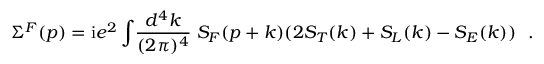
\Sigma ^ { F } ( p ) = { \mathrm i } e ^ { 2 } \int \! \frac { d ^ { 4 } k } { ( 2 \pi ) ^ { 4 } } \; S _ { F } ( p + k ) ( 2 S _ { T } ( k ) + S _ { L } ( k ) - S _ { E } ( k ) ) ~ ~ .